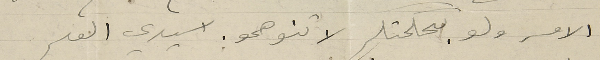
الامر ولو بحكمتكم لا تنوهمو. سَيدي العم